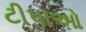
ટીપાઓ